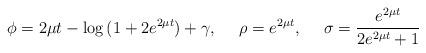
LaTeX: \begin{align*}\phi = 2 \mu t - \log{ (1 + 2 e^{2\mu t})} +\gamma,~~~~\rho= e^{2\mu t},~~~~\sigma=\frac{e^{2\mu t}}{2 e^{2 \mu t} + 1}\end{align*}